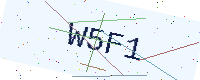
Text: W5F1